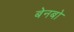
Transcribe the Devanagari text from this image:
बेनबो